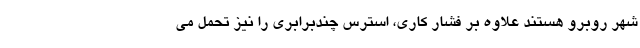
شهر روبرو هستند علاوه بر فشار کاری، استرس چندبرابری را نیز تحمل می